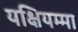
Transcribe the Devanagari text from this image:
यक्षियम्मा